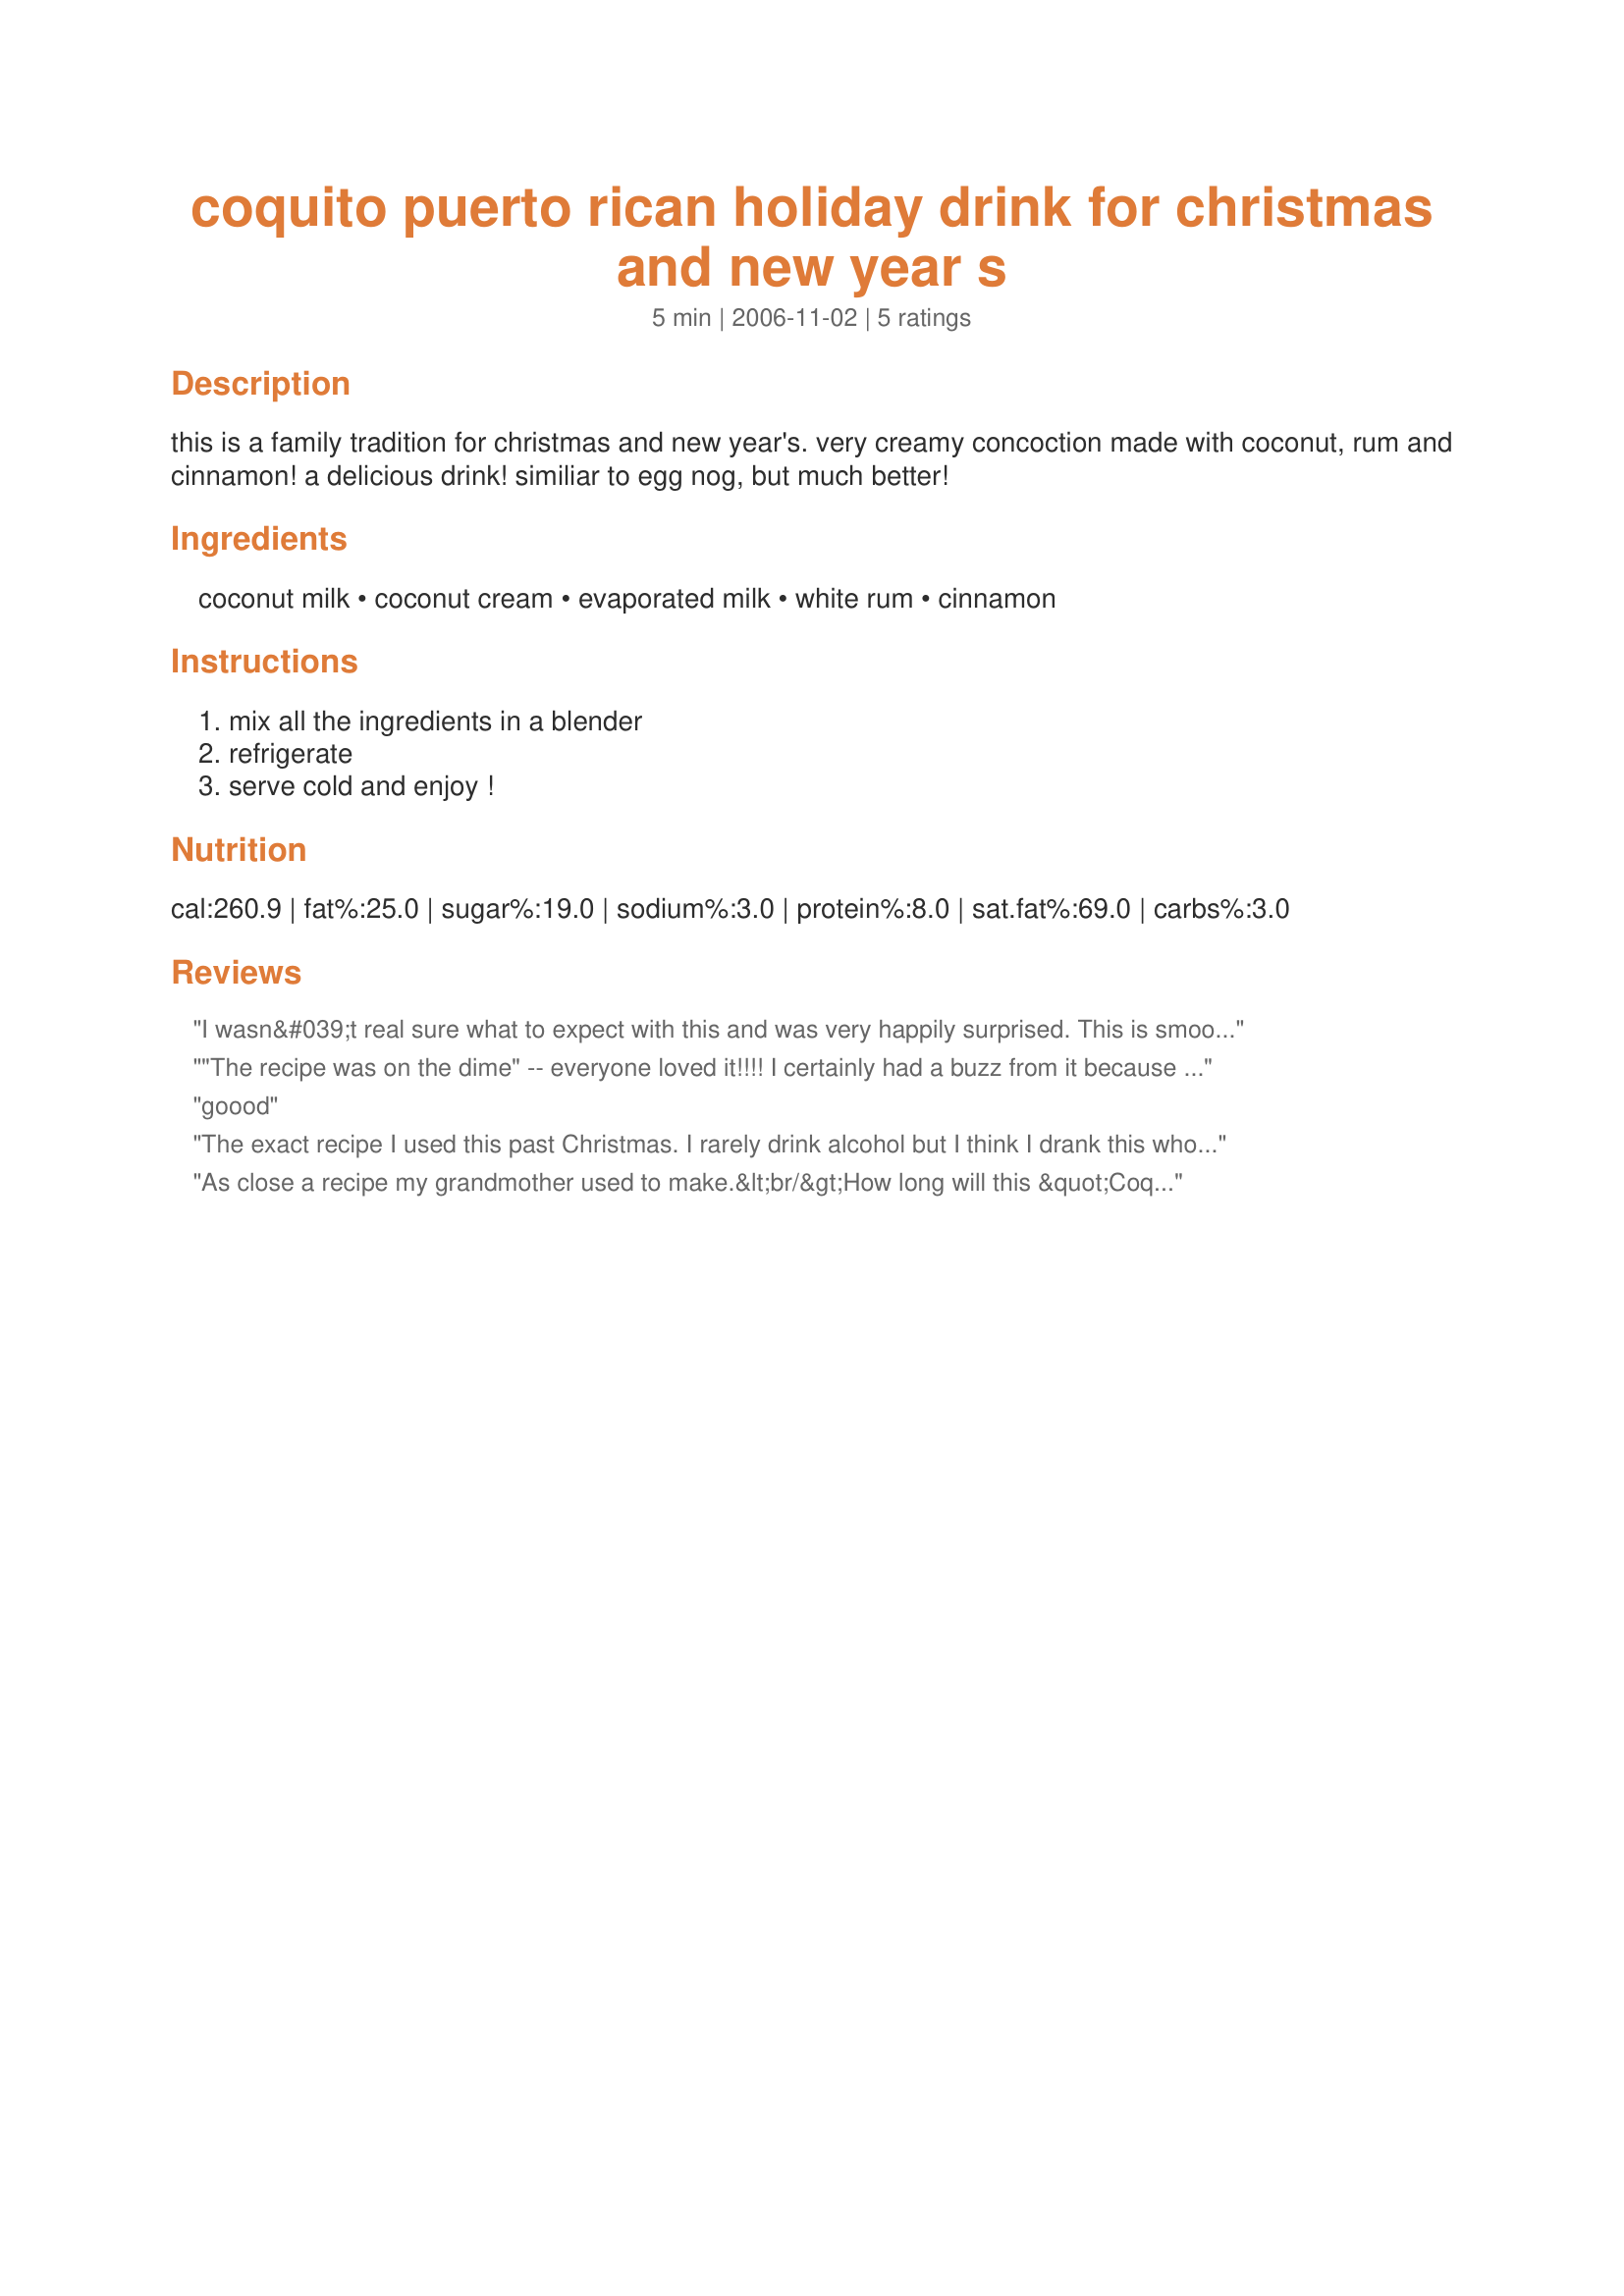
coquito puerto rican holiday drink for christmas and new year s
Preparation time: 5 minutes

this is a family tradition for christmas and new year's. very creamy concoction made with coconut, rum and cinnamon! a delicious drink! similiar to egg nog, but much better!

Ingredients:
coconut milk, coconut cream, evaporated milk, white rum, cinnamon

Steps:
mix all the ingredients in a blender, refrigerate, serve cold and enjoy !

Reviews:
I wasn&#039;t real sure what to expect with this and was very happily surprised. This is smooth and delicious. Used Malibu rum as it was the only rum in the house and it didn&#039;t go amiss in any way. I&#039;ll make this again. Made for PAC, Spring 2014.
"The recipe was on the dime" -- everyone loved it!!!! I certainly had a buzz from it because probably did not have anything to eat since this morning, not do to over loading with the rum. I will recommend everyone to try it at least once I'm sure once will NOT be enough. Happy Holidays
goood
The exact recipe I used this past Christmas. I rarely drink alcohol but I think I drank this whole concoction in about a week!
As close a recipe my grandmother used to make.&lt;br/&gt;How long will this &quot;Coquito&quot; keep in the refrigerater ?
